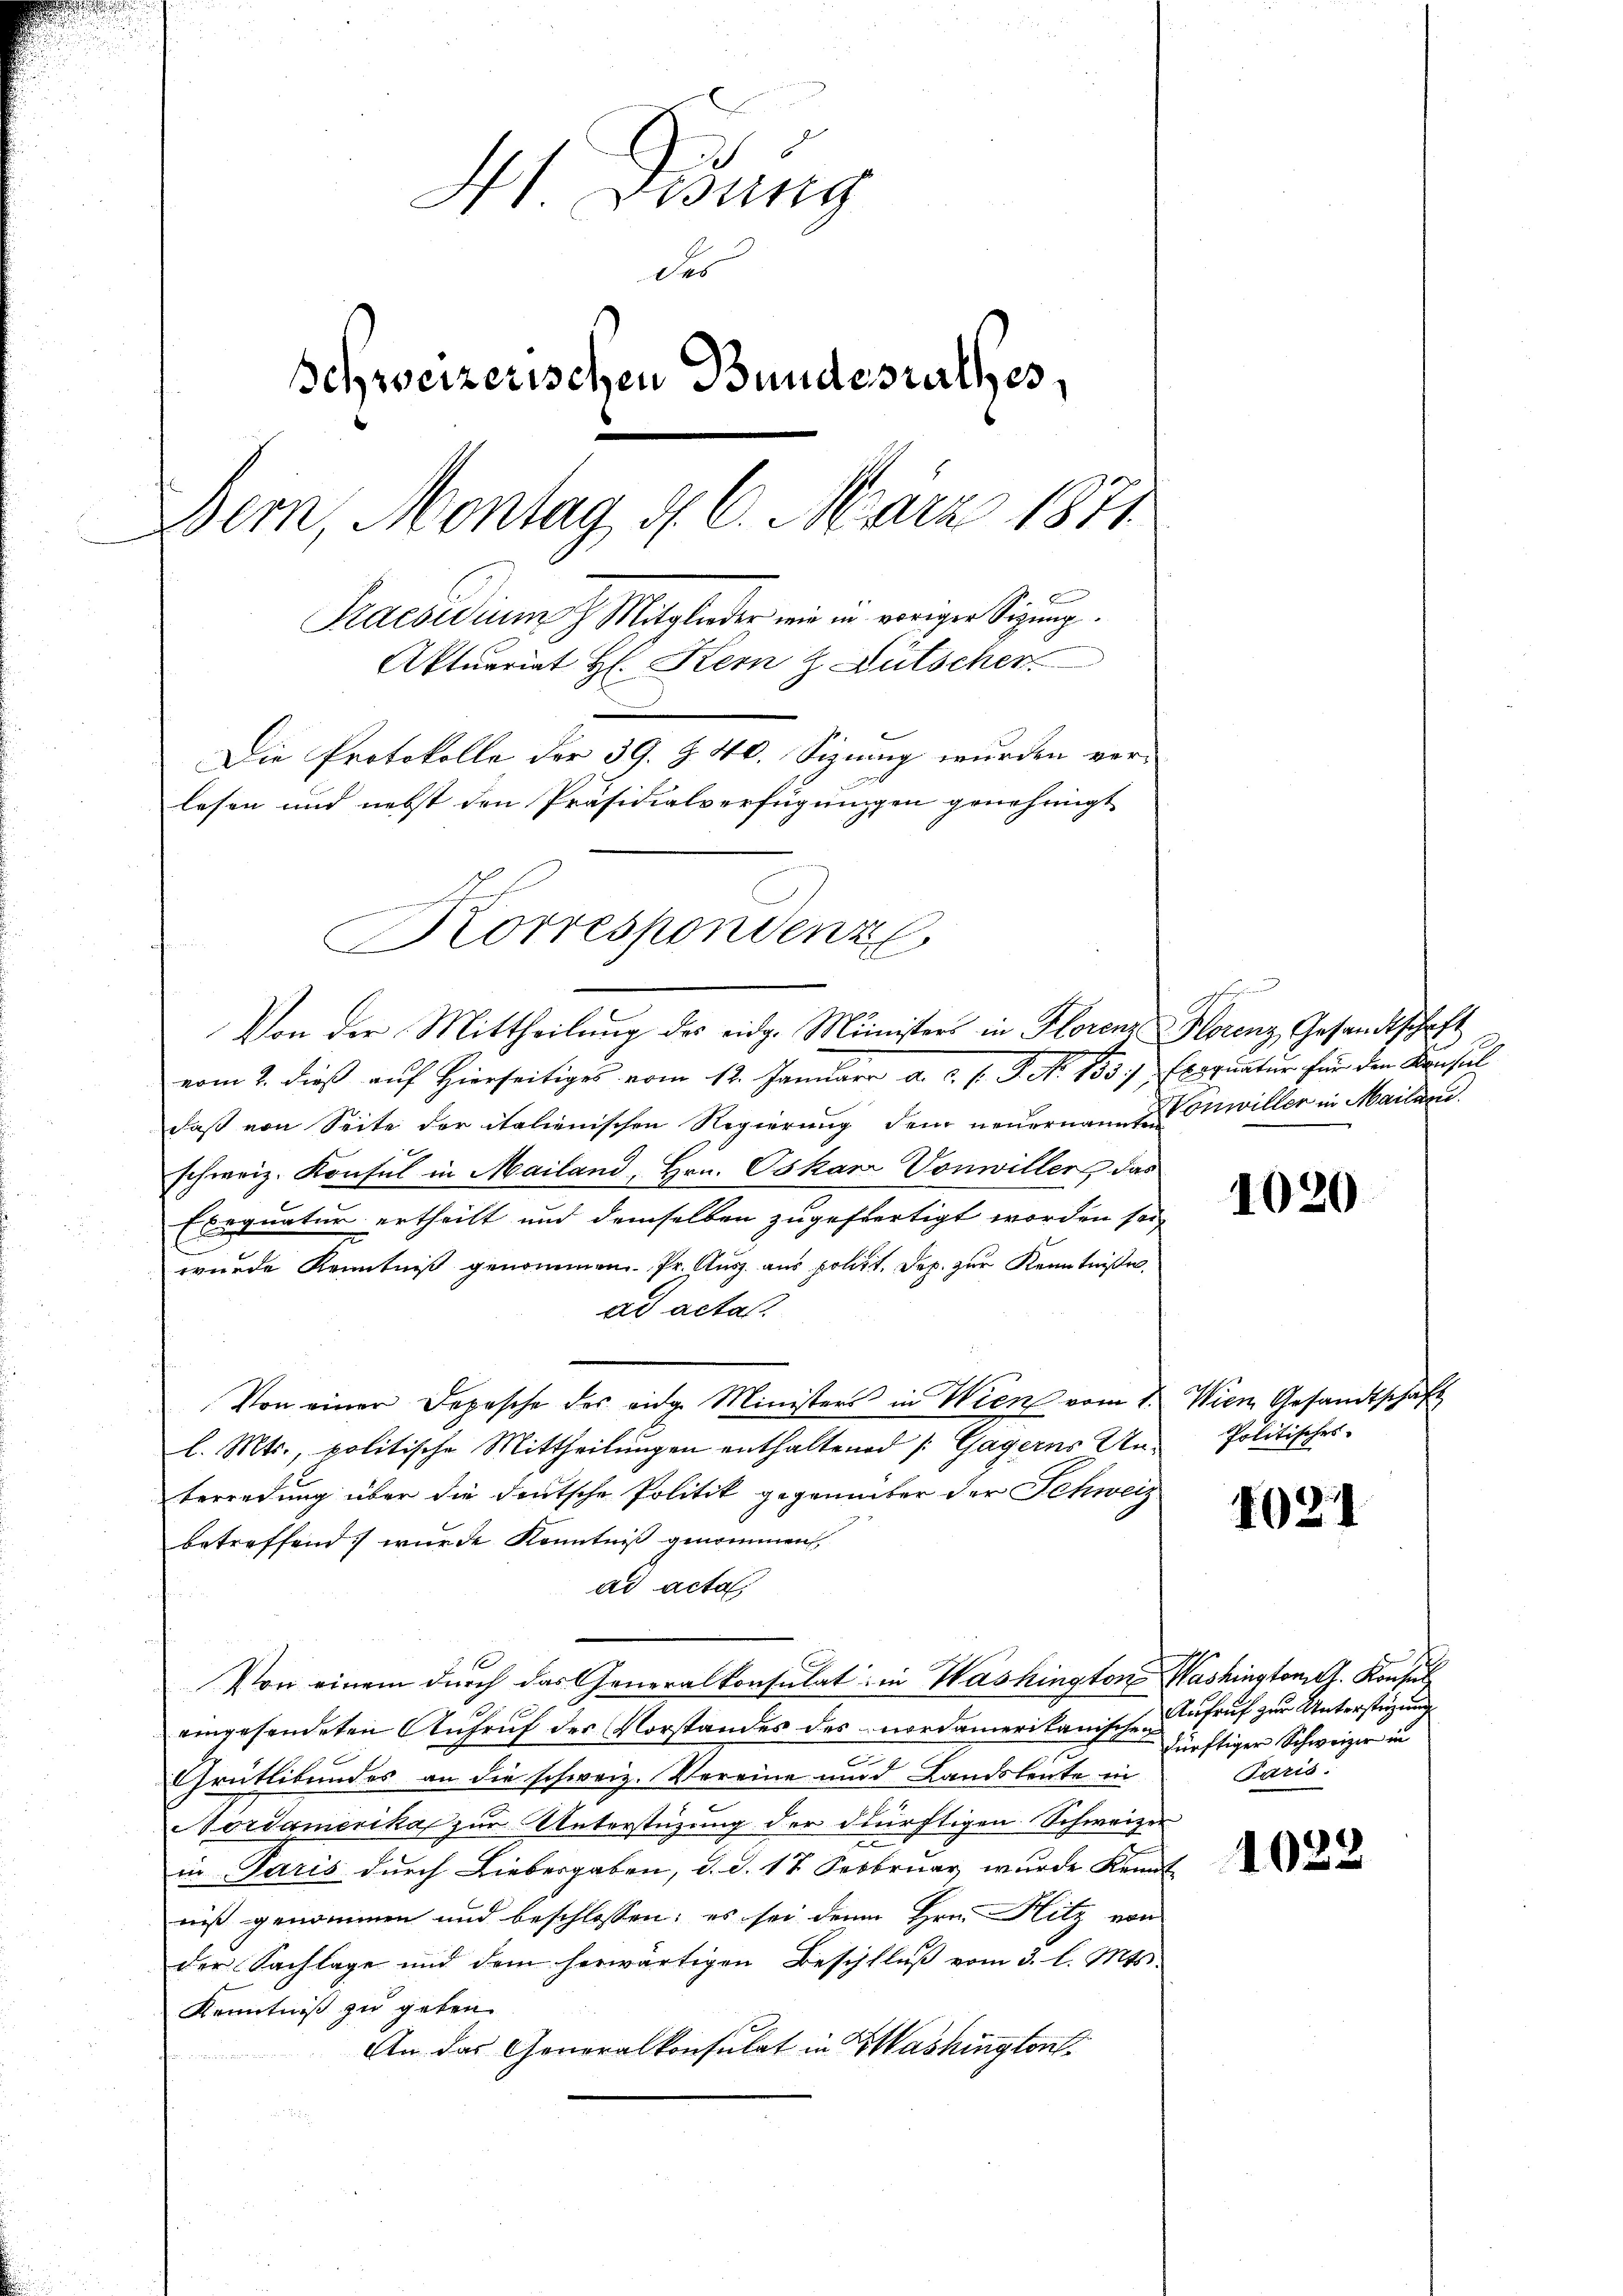
H. Visung
des
Schweizerischen Bundesrathes,
Bern, Montag d. 6. März 1871
Praeswunn glieder wir in vorigen Sitzung.
Aktuariat H. Kern & Lütscher
Die Protokolle der 39. Z. 40. Sizung wurden verlesen und nebst den Präsidialverfügungen genehmigt
n
Korrespondenz

Von der Mittheilung des eidg. Ministers in Florenz Horenz Gesandtschaft

vom 2. dieß auf Hierseitiges vom 12. Januarr a. c. s. S. No 153.) Exequatur für den Konsul
daß von Seite der italienischen Regierung dem neuernaue Vonwiller in Mailand
schweiz. Konsul in Mailand, Hrn. Oskar Vonwiller das
Exequatur ertheilt und demselben zugefertigt worden sei,
wurde Kenntniß genommen. Pr. Ausz. aus polit. Sep. zur Kenntnißes,
ad acta.
Von einer Depesche des eidg. Ministers in Wien vom 1. Wien Gesandtschaft
l. Mts., politische Mittheilungen enthaltend /: Gagerns Unberredung über die deutsche Politik gegenüber der Schweiz
betreffend wurde Kenntniß genommen,
ad acta.
Von einem durch das Generalkonsulat in Washington Washingtonis. Konsul
eingesendeten Aufruf der Vorstandes des nordamerikanischen
6
Grütlibundes an die schweiz. Vereine und Landsleute in
Vordamerika zur Unterstüzung der dürftigen Schweizer
e
in Paris durch Liebergaben, d. d. 17 Sebbruar wurde kennt-
niß genommen und beschlossen; es sei denn Hrn. Hitz von
der Sachlage und dem herwärtigen Beschlŭβ vom 3. l. Mts.
Kenntniß zu geben.
An das Generalkonsulat in Washington

h

1020

Politisches

4021

Aufruf zur Unterstüzung
dürftiger Schweizer in
Paris.

)
10